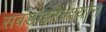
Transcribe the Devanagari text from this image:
सबडाइरेक्श्योन